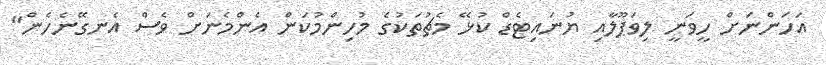
އަހަންނަށް ހީވަނީ ލިވަޕޫލާއި ޔުނައިޓެޑް ކުޅޭ މެޗުތަކުގެ މުހިންމުކަން އެންމެނަށް ވެސް އެނގޭނެހެން"